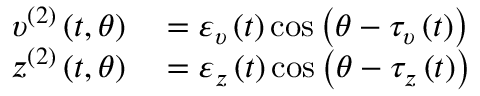
\begin{array} { r l } { \upsilon ^ { ( 2 ) } \left( t , \theta \right) } & { { } = \varepsilon _ { \upsilon } \left( t \right) \cos \left( \theta - \tau _ { \upsilon } \left( t \right) \right) } \\ { z ^ { ( 2 ) } \left( t , \theta \right) } & { { } = \varepsilon _ { z } \left( t \right) \cos \left( \theta - \tau _ { z } \left( t \right) \right) } \end{array}